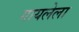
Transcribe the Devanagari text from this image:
गायलेला